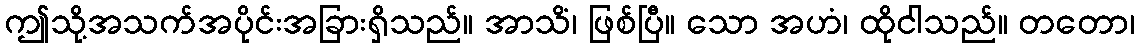
ဤသို့အသက်အပိုင်းအခြားရှိသည်။ အာသိံ၊ ဖြစ်ပြီ။ သော အဟံ၊ ထိုငါသည်။ တတော၊